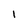
Character: I